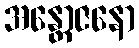
အန္တောဇနော